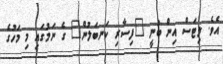
އެވެ. ލިޓަސް އިން ބުނީ "ފިސާރި ކަނބަލުން" ގެ ނަމުގައި މި މަހުގެ